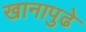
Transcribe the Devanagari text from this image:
खानापुढे